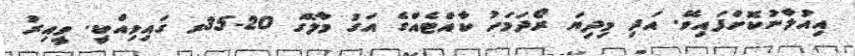
އިއުލާނުކޮށްފައިވޭ. އަދި މިދިޔަ ރޯދަމަހު ކާއްޓެއްގެ އަގު މާލޭގަ 20-35ރ ގައިވިއްކީ. ވީއިރު